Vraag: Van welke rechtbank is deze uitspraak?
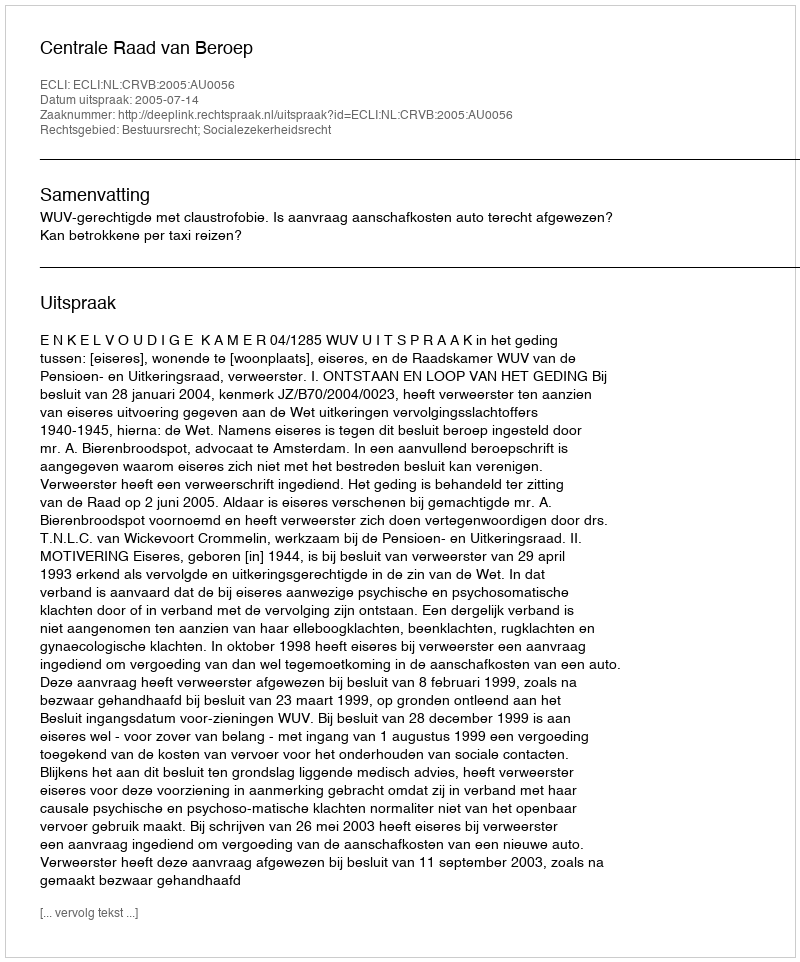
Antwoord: Centrale Raad van Beroep